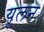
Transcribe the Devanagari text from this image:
यूलन